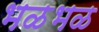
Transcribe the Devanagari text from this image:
भळभळ